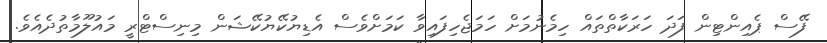
ފޭސް ޕެއިންޓިން ފަދަ ހަރަކާތްތައް ހިމެނުމަށް ހަމަޖެހިފައިވާ ކަމަށްވެސް އެޑިޔުކޭޔުކޭޝަން މިނިސްޓްރީ މައުލޫމާތުދެއެވެ.